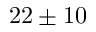
2 2 \pm 1 0